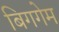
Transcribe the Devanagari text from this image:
बिगगेम